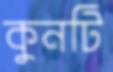
কুনটি